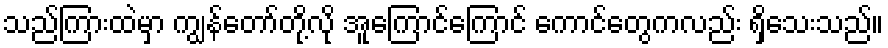
သည်ကြားထဲမှာ ကျွန်တော်တို့လို အူကြောင်ကြောင် ကောင်တွေကလည်း ရှိသေးသည်။